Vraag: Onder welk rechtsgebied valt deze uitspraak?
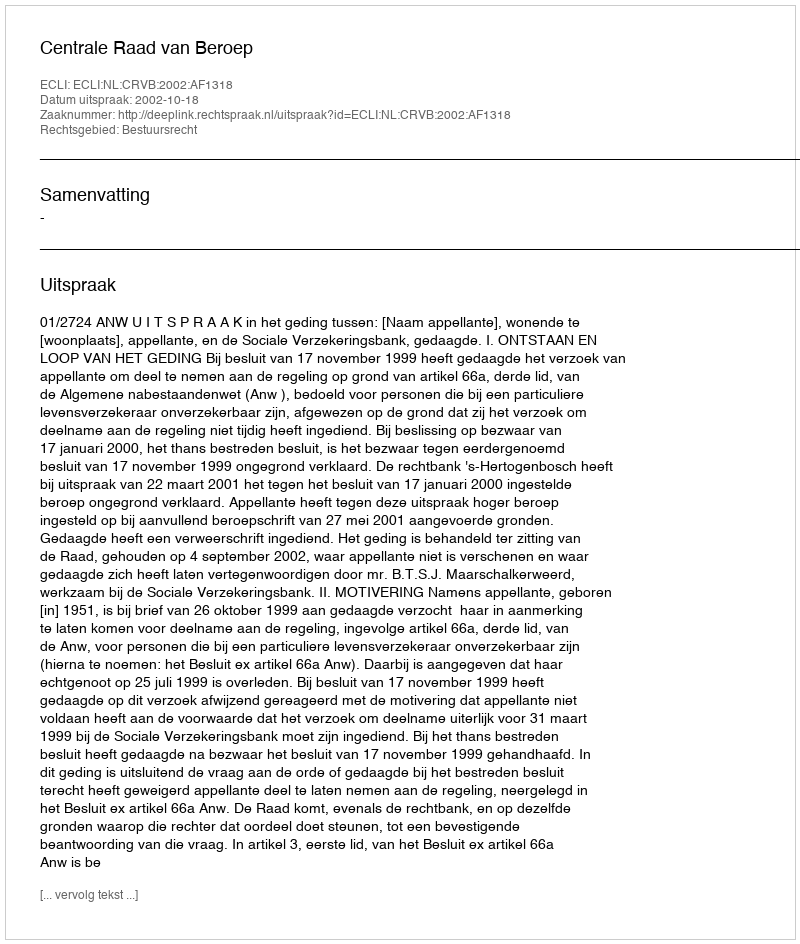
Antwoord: Bestuursrecht